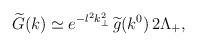
LaTeX: \begin{align*}\widetilde{G}(k) \simeq e^{-l^2 k_{\perp}^2}\,\widetilde{g}(k^0) \,2\Lambda_{+},\end{align*}